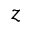
z